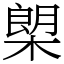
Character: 㮾